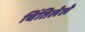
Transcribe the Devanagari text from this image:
चिंतिलेले